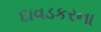
દાવડકરના